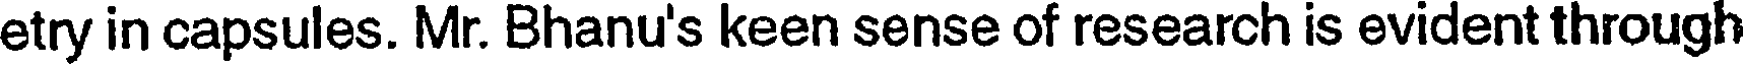
etry in capsules. Mr. Bhanu's keen sense of research is evident through